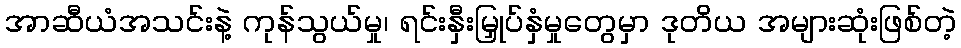
အာဆီယံအသင်းနဲ့ ကုန်သွယ်မှု၊ ရင်းနှီးမြှုပ်နှံမှုတွေမှာ ဒုတိယ အများဆုံးဖြစ်တဲ့